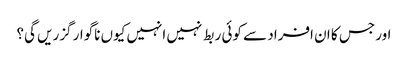
اور جس کا ان افراد سے کوئی ربط نہیں انہیں کیوں ناگوار گزریں گی؟